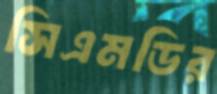
সিএমডির